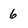
Character: 6